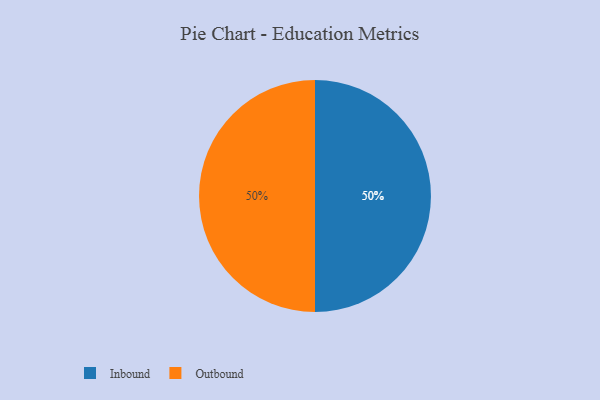
{"axis": {"x": "Category", "y": "Percentage"}, "legend": ["Inbound", "Outbound"], "data": [{"x": "Inbound", "y": 50, "type": "Inbound"}, {"x": "Outbound", "y": 50, "type": "Outbound"}]}